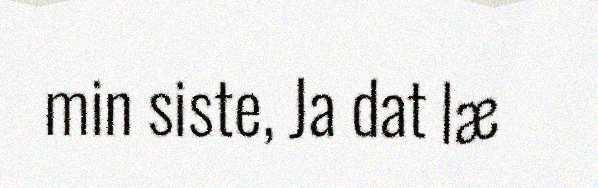
min siste, Ja dat læ